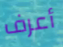
أعرف